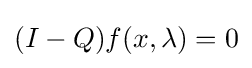
(I-Q)f(x,\lambda )=0